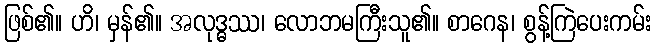
ဖြစ်၏။ ဟိ၊ မှန်၏။ အလုဒ္ဓဿ၊ လောဘမကြီးသူ၏။ စာဂေန၊ စွန့်ကြဲပေးကမ်း